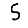
Digit: 5